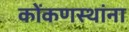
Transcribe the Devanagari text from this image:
कोंकणस्थांना